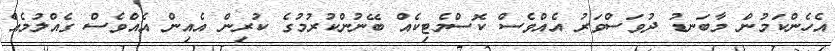
އެހެންކަމުން މާބަނޑު ދުވަސްވަރު އެއްވެސް ކޮސްމެޓިކެއް ބޭނުންކުރުމުގެ ކުރިން އެއިން އެއްވެސް ގެއްލުމެއް